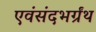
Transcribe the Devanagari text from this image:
एवंसंदभर्ग्रंथ